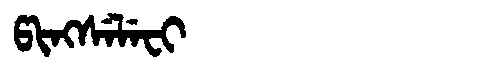
Manchu: ᡦᡳᠩᠰᡝᠯᡝᠸᡳ
Romanization: PINGSELEFI